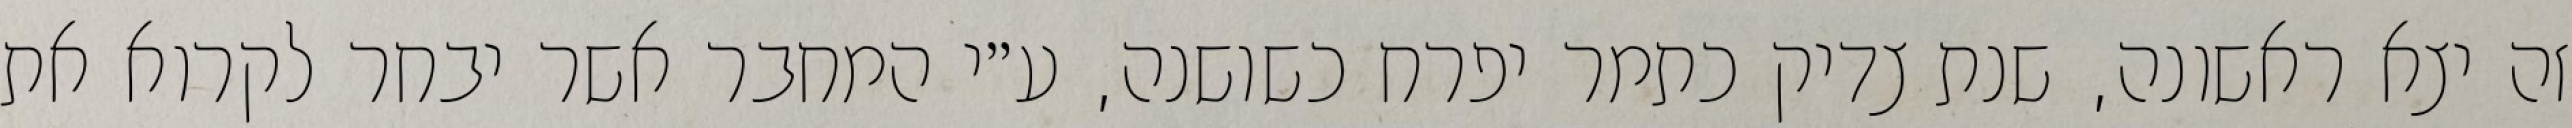
זה יצא ראשונה, שנת צדיק כתמר יפרח כשושנה, ע״י המחבר אשר יבחר לקרוא את